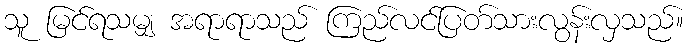
သူ မြင်ရသမျှ အရာရာသည် ကြည်လင်ပြတ်သားလွန်းလှသည်။